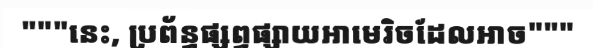
"""នេះ, ប្រព័ន្ធផ្សព្វផ្សាយអាមេរិចដែលអាច"""